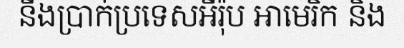
នឹងប្រាក់ប្រទេសអឺរ៉ុប អាមេរិក និង